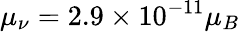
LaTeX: \mu_{\nu}=2.9\times 10^{-11}\mu_{B}